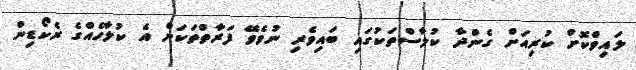
ލައިވްކޮށް ކުރިއަށް ގެންދާ ކުލާސްތަކުގައި ބައިވެރި ނުވެވޭ ފަރާތްތަކަށް އެ ކުލާހެއްގެ ރެކޯޑިން